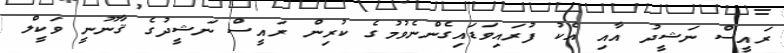
ރައީސް ނަޝީދު އާއި އެކު ފުރައިވަޑައިގެންނެވުމުގެ ކުރިން ރައީސް ނަޝީދުގެ ޤާނޫނީ ވަކީލް